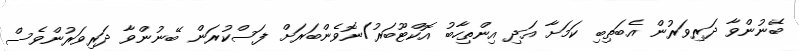
ބޭނުންވާ ދަރިވަރުން އެބަތިބި ކަމަށާ އަދި އިންތިހާބު އޮކްޓޫބަރު/ނޮވެންބަރަށް ފަސްކުރަން ބޭނުންވާ ދަރިވަރުންވެސް